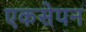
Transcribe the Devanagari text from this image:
एकसेपन